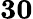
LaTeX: \mathbf{30}